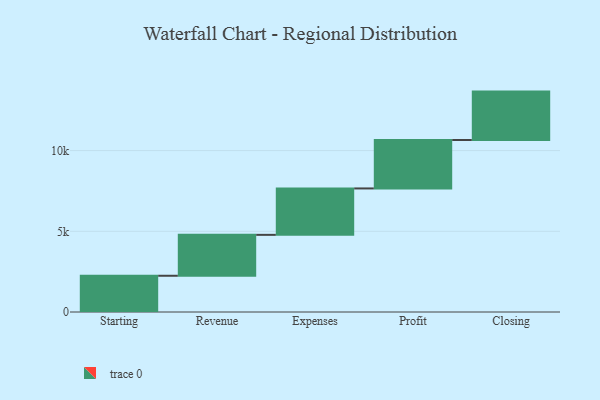
{"axis": {"x": "Step", "y": "Value"}, "legend": [""], "data": [{"x": "Starting", "y": 2245.0, "type": ""}, {"x": "Revenue", "y": 2535.0, "type": ""}, {"x": "Expenses", "y": 2875.0, "type": ""}, {"x": "Profit", "y": 3000, "type": ""}, {"x": "Closing", "y": 3000, "type": ""}]}